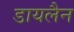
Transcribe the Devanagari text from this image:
डायलैन